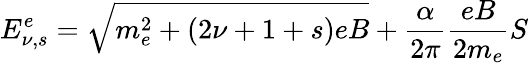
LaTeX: E_{\nu,s}^{e}=\sqrt{m_{e}^{2}+(2\nu+1+s)eB}+\frac{\alpha}{2\pi}\frac{eB}{2m_{e}}S